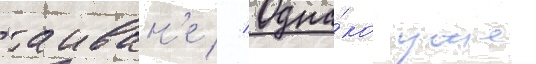
таиван'е // Одна́ко уже